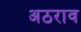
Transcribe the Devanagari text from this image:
अठराव